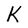
Character: K